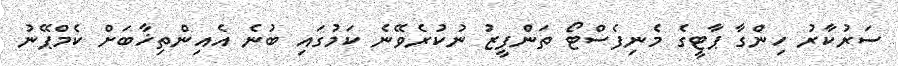
ސަރުކާރު ހިންގާ ޕާޓީގެ މެނިފެސްޓޯ ތަންފީޒު ނުކުރެވޭނެ ކަމުގައި ބުނެ އެއިންތިޚާބަށް ކެމްޕޭނު